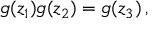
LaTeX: g ( z _ { 1 } ) g ( z _ { 2 } ) = g ( z _ { 3 } ) \, ,